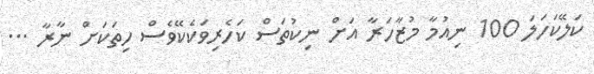
ކަލޭކަހަލަ 100 ނިއުމާ މުޒާހަރާ އަށް ނިކުތަސް ކަހެރިވަކެކޭވެސް ހިތަކަށް ނާރާ ...